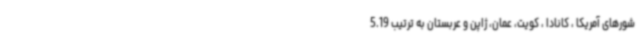
شورهای آمریکا ، کانادا ، کویت، عمان، ژاپن و عربستان به ترتیب 5.19